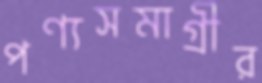
পণ্যসমাগ্রীর